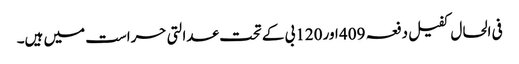
فی الحال کفیل دفعہ 409 اور 120بی کے تحت عدالتی حراست میں ہیں۔